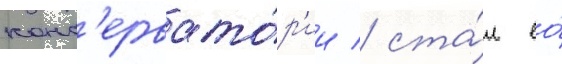
конс'ервато́р'ии / ста́л ео́